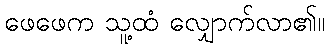
ဖေဖေက သူ့ထံ လျှောက်လာ၏။